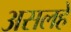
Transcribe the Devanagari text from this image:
असलहे